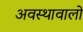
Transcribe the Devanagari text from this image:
अवस्थावालों